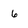
Character: 6